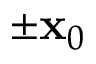
\pm \mathbf { x } _ { 0 }